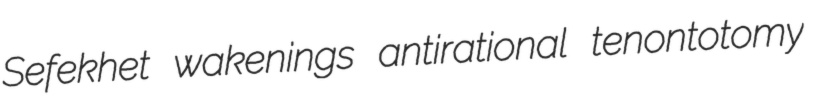
Sefekhet wakenings antirational tenontotomy